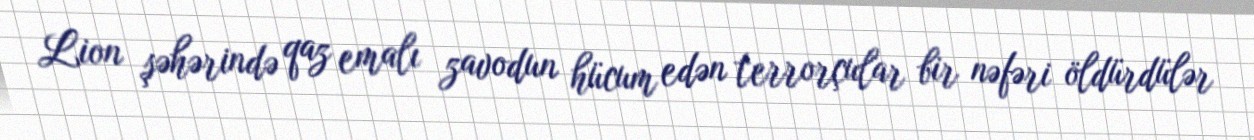
Lion şəhərində qaz emalı zavodun hücum edən terrorçular bir nəfəri öldürdülər